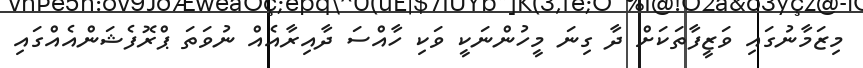
މިޒަމާނުގައި ވަޒީފާތަކަށް ދާ ގިނަ މީހުންނަކީ ވަކި ހާއްސަ ދާއިރާއެއް ނުވަތަ ޕްރޮފެޝަންއެއްގައި